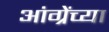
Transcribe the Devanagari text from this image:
आंग्रेंच्या